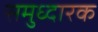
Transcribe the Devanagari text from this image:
समुध्दारक